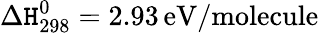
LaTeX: \Delta\mathtt{H}_{\mathrm{{298}}}^{\mathrm{{0}}}=2.93\, \mathrm{{eV/molecule}}